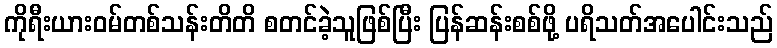
ကိုရီးယားဝမ်တစ်သန်းတိတိ စတင်ခဲ့သူဖြစ်ပြီး ပြန်ဆန်းစစ်ဖို့ ပရိသတ်အပေါင်းသည်